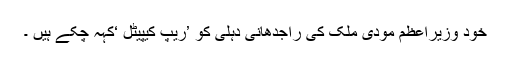
خود وزیراعظم مودی ملک کی راجدھانی دہلی کو ’ریپ کیپیٹل ‘کہہ چکے ہیں ۔